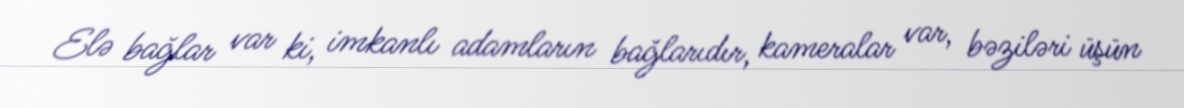
Elə bağlar var ki, imkanlı adamların bağlarıdır, kameralar var, bəziləri üşün